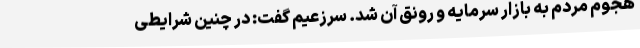
هجوم مردم به بازار سرمایه و رونق آن شد. سرزعیم گفت: در چنین شرایطی